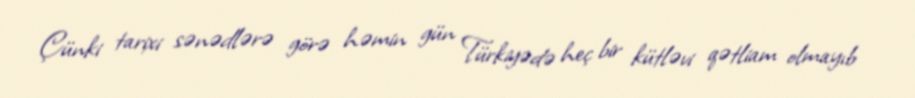
Çünki tarixi sənədlərə görə həmin gün Türkiyədə heç bir kütləvi qətliam olmayıb